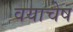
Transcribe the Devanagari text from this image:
वयाचेष